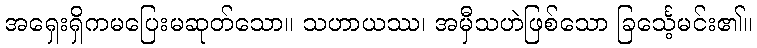
အရှေးရှိကမပြေးမဆုတ်သော။ သဟာယဿ၊ အမှီသဟဲဖြစ်သော ခြင်္သေ့မင်း၏။